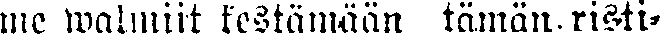
me walmiit kestämään tämän, risti-